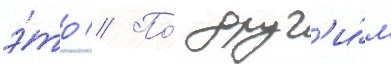
э́то // По́ друг'и́м